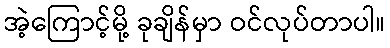
အဲ့ကြောင့်မို့ ခုချိန်မှာ ဝင်လုပ်တာပါ။